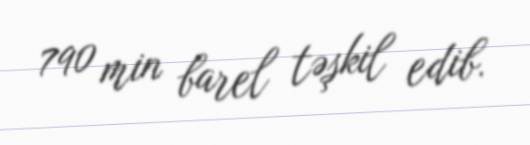
790 min barel təşkil edib.